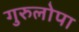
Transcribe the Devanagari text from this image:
गुरुलोपा